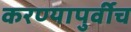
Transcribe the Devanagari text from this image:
करण्यापुर्वीच